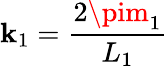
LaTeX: \mathbf{k}_{1}={\frac{{2\pim_{1}}}{{L_{1}}}}